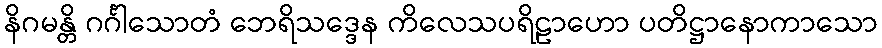
နိဂမန္တိ ဂင်္ဂါသောတံ ဘေရိသဒ္ဒေန ကိလေသပရိဠာဟော ပတိဋ္ဌာနောကာသော